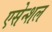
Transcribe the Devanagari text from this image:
एसेन्शल